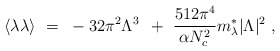
\begin{align*}\langle \lambda \lambda \rangle ~=~ - 32 \pi^2 \Lambda^3 \, ~+~ \frac{512 \pi^4}{\alpha N^2_c} m_\lambda^* |\Lambda|^2~,\end{align*}